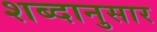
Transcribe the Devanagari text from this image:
शब्दानुसार